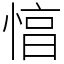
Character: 㥫